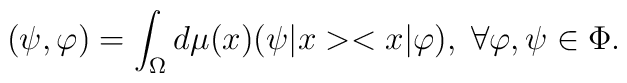
(\psi,\varphi)=\int_{\Omega}d\mu(x)(\psi|x><x|\varphi),\;        \forall\varphi,\psi\in\Phi.